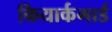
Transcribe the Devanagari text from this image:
कियार्कगार्ड